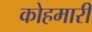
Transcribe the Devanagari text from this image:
कोहमारी